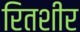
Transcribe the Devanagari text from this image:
रितशीर